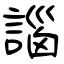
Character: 𧩣